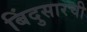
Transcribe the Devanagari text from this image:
बिंदुसारची